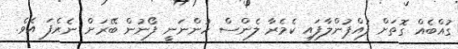
ގުއްބެއް ގޮތަށް ފުއްޕުންލާފައި ކެމެރާ ލެންސް ހުންނަނީ ފޯނުން ބޭރަށް ނެރެފަ އެވެ.